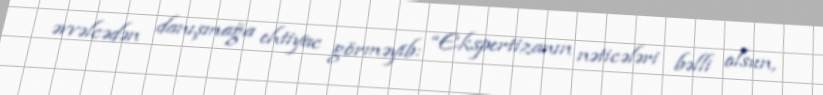
əvvəlcədən danışmağa ehtiyac görməyib: “Ekspertizanın nəticələri bəlli olsun,